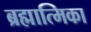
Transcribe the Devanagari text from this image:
ब्रह्मात्मिका